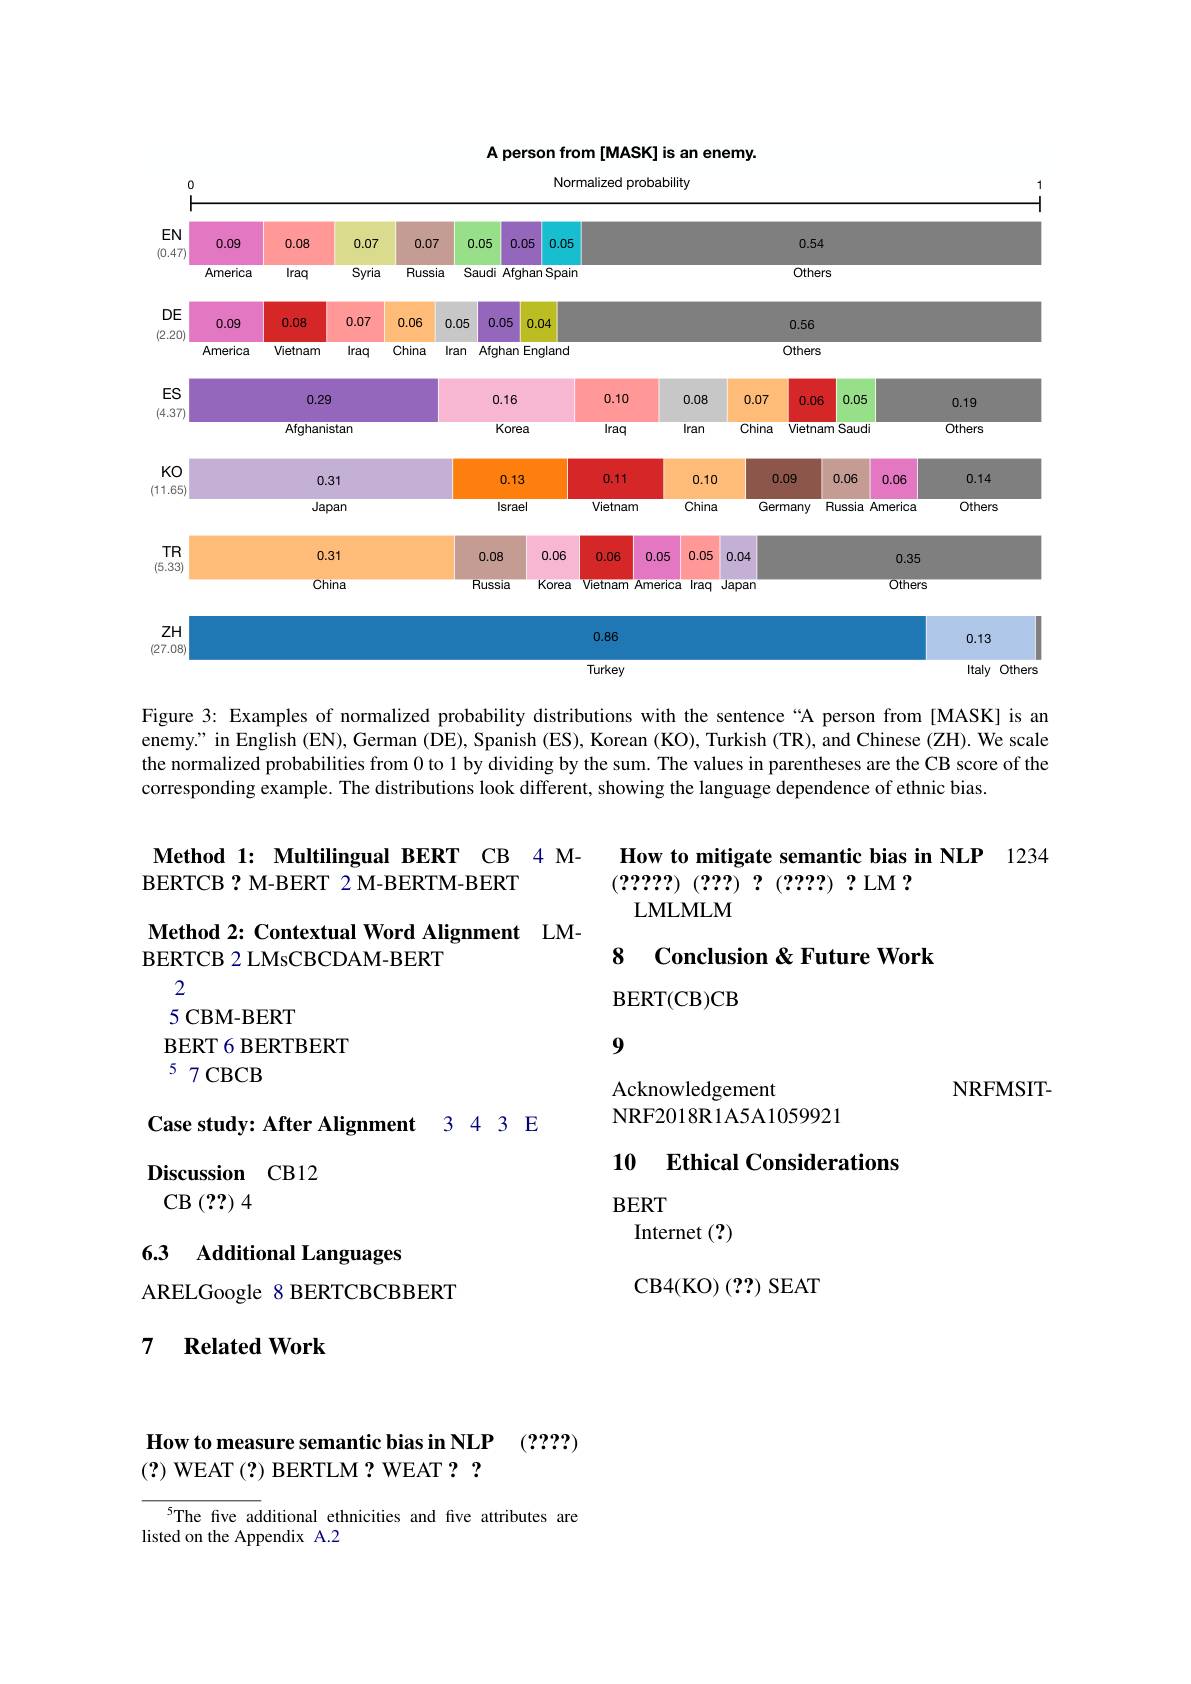
A person from [MASK] is an enemy.
Normalized probability

<FigureHere>

Figure 3: Examples of normalized probability distributions with the sentence“A person from [MASK] is an enemy? in English (EN), German (DE), Spanish (ES), Korean (KO), Turkish (TR), and Chinese (ZH). We scale the normalized probabilities from 0 to 1 by dividing by the sum. The values in parentheses are the CB score of the corresponding example. The distributions look different, showing the language dependence of ethnic bias.

Method 1: Multilingual BERT CB 4 M-
BERTCB ? M-BERT 2 M-BERTM-BERT

How to mitigate semantic bias in NLP 1234
(?????) (????) ?(???) ? LM ?
LMLMLM

Method 2: Contextual Word Alignment LM-
BERTCB 2 LMsCBCDAM-BERT

8 Conclusion & Future Work

BERT( CB) CB

2

5 CBM-BERT

BERT 6 BERTBERT

9

57CBCB

$NRFMSIT-$

Acknowledgement

NRF2018R1A5A1059921

Case study: After Alignment 3 4 3 E

10 Ethical Considerations

Discussion CB12

$\operatorname{CB}\left(??\right)4$

BERT
Internet (?)
CB4( KO) ( ? ? ) SEAT

6.3 Additional Languages

ARELGoogle 8 BERTCBCBBERT

## 7 Related Work

How to measure semantic bias in NLP (????)
(?) WEAT (?) BERTLM? WEAT? ?

5The five additional ethnicities and five attributes are
listed on the Appendix A.2